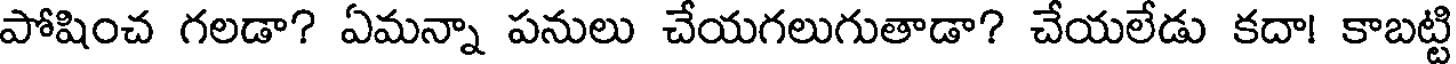
పోషించ గలడా? ఏమన్నా పనులు చేయగలుగుతాడా? చేయలేడు కదా! కాబట్టి